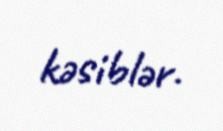
kəsiblər.